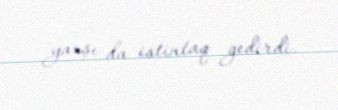
yaxşı da istintaq gedirdi.